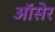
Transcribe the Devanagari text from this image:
ऑसेर